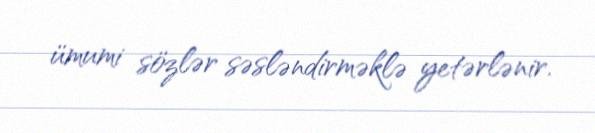
ümumi sözlər səsləndirməklə yetərlənir.